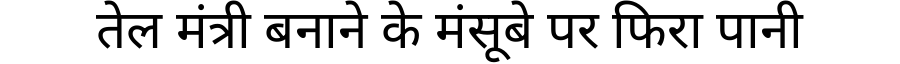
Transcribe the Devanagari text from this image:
तेल मंत्री बनाने के मंसूबे पर फिरा पानी